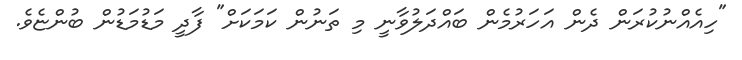
"ހިއެއްނުކުރަން ދެން އަހަރުމެން ބައްދަލުވާނީ މި ތަނުން ކަމަކަށް" ފާދީ މަޑުމަޑުން ބުންޏެވެ.